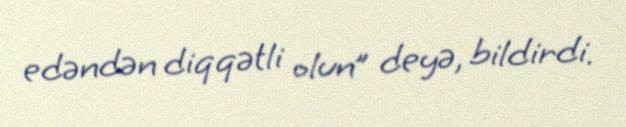
edəndən diqqətli olun” deyə, bildirdi.